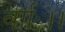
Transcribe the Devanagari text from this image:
वर्गः।।